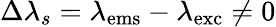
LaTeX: \Delta\lambda_{s}=\lambda_{\mathrm{ems}}-\lambda_{\mathrm{exc}}\neq 0